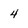
Character: 4